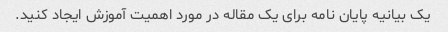
یک بیانیه پایان نامه برای یک مقاله در مورد اهمیت آموزش ایجاد کنید.